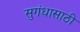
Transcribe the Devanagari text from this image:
सुगंधासाठी